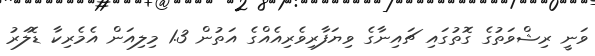
ވަނީ ރިޝްވަތުގެ ގޮތުގައި ޗައިނާގެ ވިޔަފާރިވެރިއެއްގެ އަތުން 1.3 މިލިއަން އެމެރިކާ ޑޮލަރު